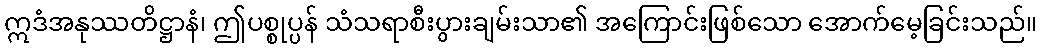
ဣဒံအနုဿတိဋ္ဌာနံ၊ ဤပစ္စုပ္ပန် သံသရာစီးပွားချမ်းသာ၏ အကြောင်းဖြစ်သော အောက်မေ့ခြင်းသည်။